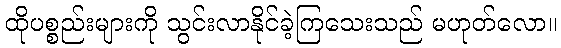
ထိုပစ္စည်းများကို သွင်းလာနိုင်ခဲ့ကြသေးသည် မဟုတ်လော။